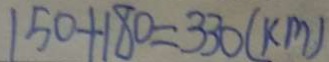
1 5 0 + 1 8 0 = 3 3 0 ( k m )